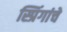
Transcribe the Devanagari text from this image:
स्प्रिंगांचे